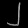
Digit: ၂